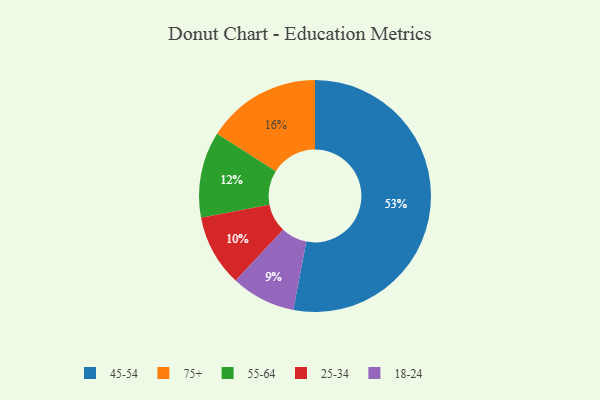
{"axis": {"x": "Category", "y": "Percentage"}, "legend": ["18-24", "25-34", "45-54", "55-64", "75+"], "data": [{"x": "45-54", "y": 53, "type": "45-54"}, {"x": "25-34", "y": 10, "type": "25-34"}, {"x": "75+", "y": 16, "type": "75+"}, {"x": "55-64", "y": 12, "type": "55-64"}, {"x": "18-24", "y": 9, "type": "18-24"}]}